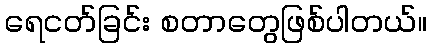
ရေငတ်ခြင်း စတာတွေဖြစ်ပါတယ်။